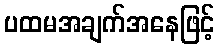
ပထမအချက်အနေဖြင့်